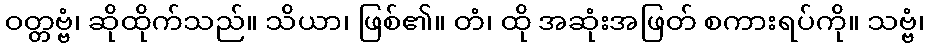
ဝတ္တဗ္ဗံ၊ ဆိုထိုက်သည်။ သိယာ၊ ဖြစ်၏။ တံ၊ ထို အဆုံးအဖြတ် စကားရပ်ကို။ သဗ္ဗံ၊